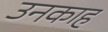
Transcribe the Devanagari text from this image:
उनकाह